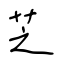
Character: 芝